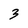
Character: 3